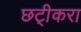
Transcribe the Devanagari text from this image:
छटी्करा